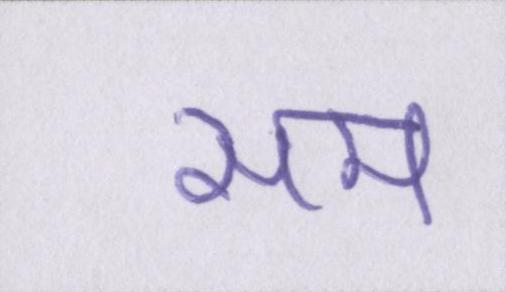
सम